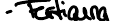
- Fertigung